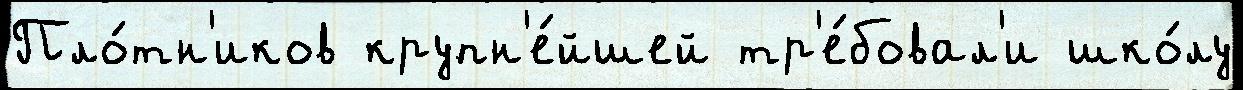
Пло́тн'иков крупн'е́йшей тр'е́бовал'и шко́лу